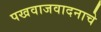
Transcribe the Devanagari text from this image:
पखवाजवादनाचे